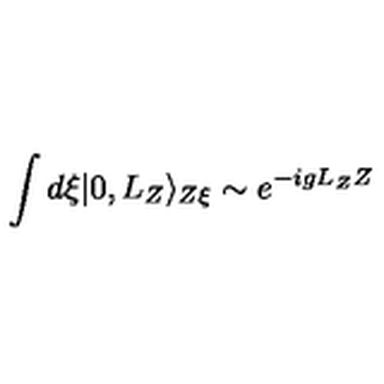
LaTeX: \int d \xi | 0 , L _ { Z } \rangle _ { Z \xi } \sim e ^ { - i g L _ { Z } Z }